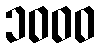
၁၀၀၀